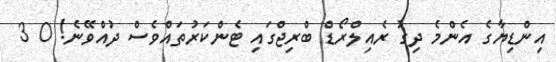
އިންޑިޔާގެ އެންމެ ދިގު ރެއިލްރޯޑް ބްރިޖްގައި ޓެންކަރުތައްވެސް ދުއްވޭނެ! 0 3